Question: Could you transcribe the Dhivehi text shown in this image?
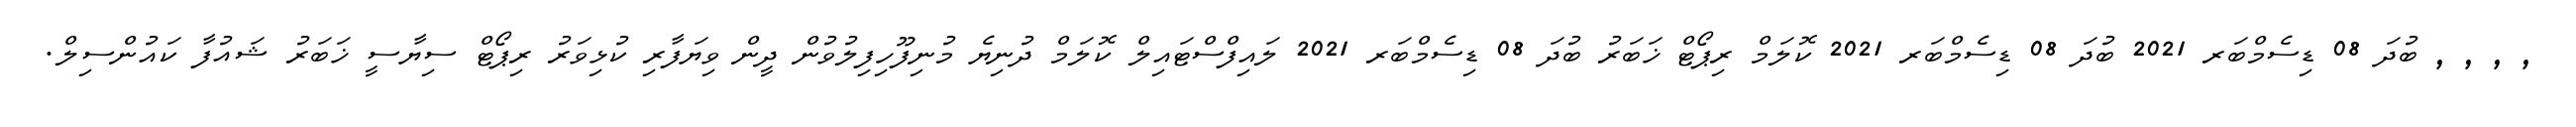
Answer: , , , , ބުދަ 08 ޑިސެމްބަރ 2021 ބުދަ 08 ޑިސެމްބަރ 2021 ކޮލަމް ރިޕޯޓް ޚަބަރު ބުދަ 08 ޑިސެމްބަރ 2021 ލައިފްސްޓައިލް ކޮލަމް ދުނިޔެ މުނިފޫހިފިލުވުން ދީން ވިޔަފާރި ކުޅިވަރު ރިޕޯޓް ސިޔާސީ ޚަބަރު ޝައުފާ ކައުންސިލް.